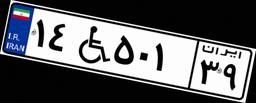
۰۳W۴۹۹۹۰